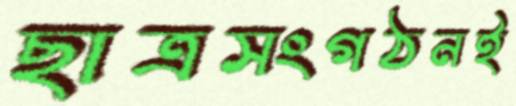
ছাত্রসংগঠনই